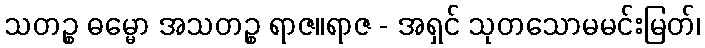
သတဉ္စ ဓမ္မော အသတဉ္စ ရာဇ။ရာဇ - အရှင် သုတသောမမင်းမြတ်၊